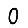
Digit: 0